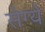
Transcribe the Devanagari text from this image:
सेग्ये